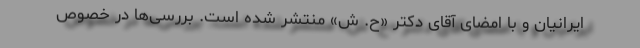
ایرانیان و با امضای آقای دکتر «ح. ش» منتشر شده است. بررسی‌ها در خصوص